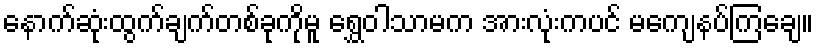
နောက်ဆုံးထွက်ချက်တစ်ခုကိုမူ ရွှေဝါသာမက အားလုံးကပင် မကျေနပ်ကြချေ။